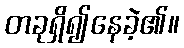
တခုရှိ၍နေခဲ့၏။